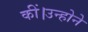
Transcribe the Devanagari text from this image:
कीं।उन्होने